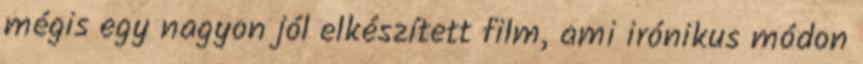
mégis egy nagyon jól elkészített film, ami irónikus módon